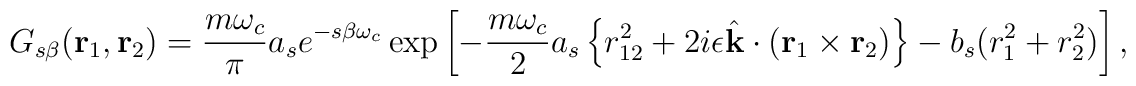
G_{s \beta } ( {\rm\bf r}_{1}, {\rm\bf r}_{2}) =    { {m \omega_c} \over \pi}  a_s e^{-s\beta \omega_c}     \exp \left [ - { {m \omega_c} \over 2}       a_s \left \{ r_{12}^2+2 i \epsilon \hat{\rm\bf k} \cdot      ( {\rm\bf r}_{1} \times {\rm\bf r}_{2}) \right \}      - b_s (r_1^2+r_2^2) \right ] ,